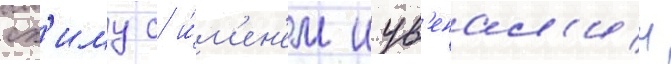
сх'иму с и́м'ен'ем иув'енал'ии